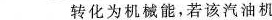
___转化为机械能，若该汽油机